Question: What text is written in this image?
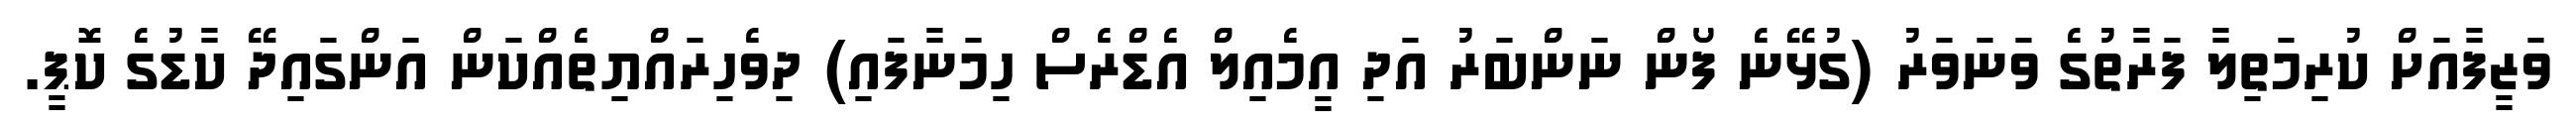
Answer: ވަޒީފާއަށް ކުރިމަތިލާ ފަރާތުގެ ވަނަވަރު (ގުޅޭނެ ފޯން ނަންބަރު އަދި އީމެއިލް އެޑްރެސް ހިމަނާފައި) ދިވެހިރައްޔިތެއްކަން އަންގައިދޭ ކާޑުގެ ކޮޕީ.